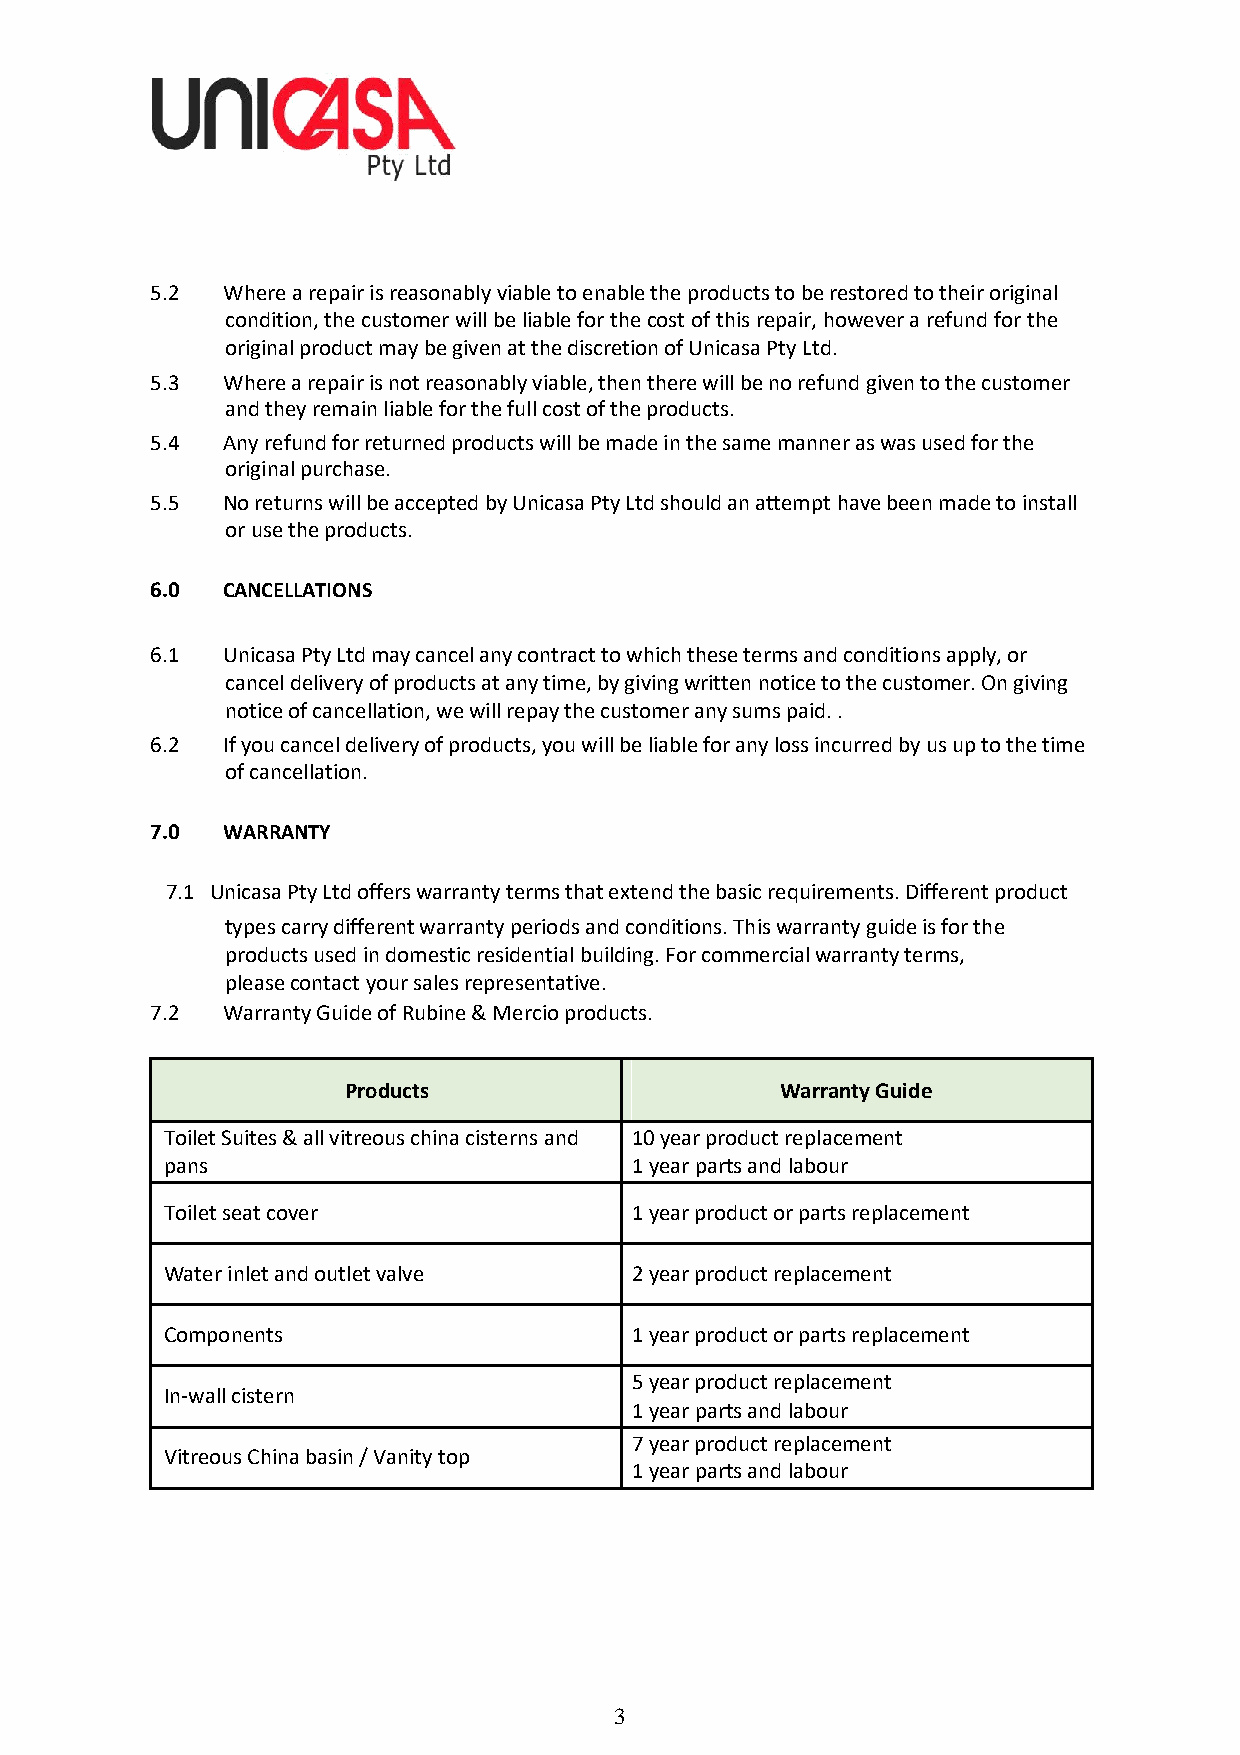
5.2  Where a repair is reasonably viable to enable the products to be restored to their original
 condition, the customer will be liable for the cost of this repair, however a refund for the
 original product may be given at the discretion of Unicasa Pty Ltd.
 5.3  Where a repair is not reasonably viable, then there will be no refund given to the customer
 and they remain liable for the full cost of the products.
 5.4  Any refund for returned products will be made in the same manner as was used for the
 original purchase.
 5.5  No returns will be accepted by Unicasa Pty Ltd should an attempt have been made to install
 or use the products.
 6.0  CANCELLATIONS
 6.1  Unicasa Pty Ltd may cancel any contract to which these terms and conditions apply, or
 cancel delivery of products at any time, by giving written notice to the customer. On giving
 notice of cancellation, we will repay the customer any sums paid. .
 6.2  If you cancel delivery of products, you will be liable for any loss incurred by us up to the time
 of cancellation.
 7.0  WARRANTY
 7.1 Unicasa Pty Ltd offers warranty terms that extend the basic requirements. Different product
 types carry different warranty periods and conditions. This warranty guide is for the
 products used in domestic residential building. For commercial warranty terms,
 please contact your sales representative.
 7.2  Warranty Guide of Rubine & Mercio products.
 Products                     Warranty Guide
 Toilet Suites & all vitreous china cisterns and 10 year product replacement
 pans                           1 year parts and labour
 Toilet seat cover              1 year product or parts replacement
 Water inlet and outlet valve   2 year product replacement
 Components                     1 year product or parts replacement
 5 year product replacement
 In-wall cistern
 1 year parts and labour
 7 year product replacement
 Vitreous China basin / Vanity top
 1 year parts and labour
 3